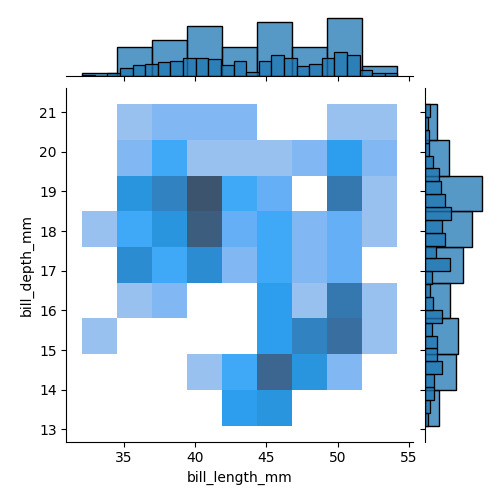
python, seaborn, jointplot, kind='hist', height='5', ratio='5', marginal_ticks='False'